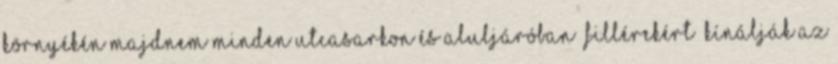
környékén majdnem minden utcasarkon és aluljáróban „fillérekért” kínálják az